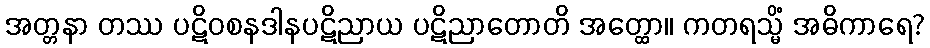
အတ္တနာ တဿ ပဋိဝစနဒါနပဋိညာယ ပဋိညာတောတိ အတ္ထော။ ကတရသ္မိံ အဓိကာရေ?